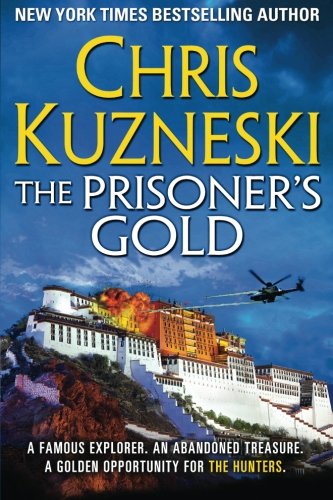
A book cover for The Prisoner's Gold (The Hunters Book 3); Chris Kuzneski; Mystery, Thriller & Suspense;